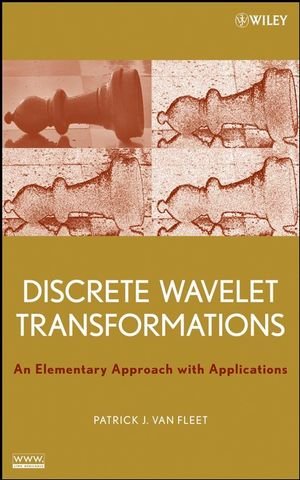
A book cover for Discrete Wavelet Transformations: An Elementary Approach with Applications; Patrick Van Fleet; Science & Math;